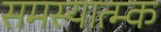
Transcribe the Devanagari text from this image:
समस्यात्म्क